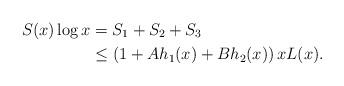
LaTeX: \begin{align*}S(x) \log x &= S_1 + S_2 + S_3 \\&\leq \left( 1+ A h_1(x) +B h_2(x) \right) x L(x). \\\end{align*}